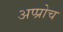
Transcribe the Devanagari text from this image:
अप्प्रोच